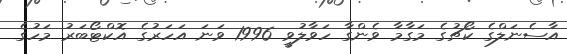
އާސެނަލްގެ ކޯޗުގެ މަގާމާ ވެންގާ ހަވާލުވީ 1996 ވަނަ އަހަރުގެ އޮކްޓޯބަރު މަހުގެ